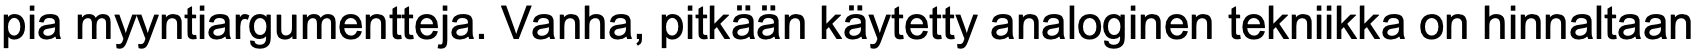
pia myyntiargumentteja. Vanha, pitkään käytetty analoginen tekniikka on hinnaltaan